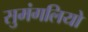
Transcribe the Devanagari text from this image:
सुमंगलियो